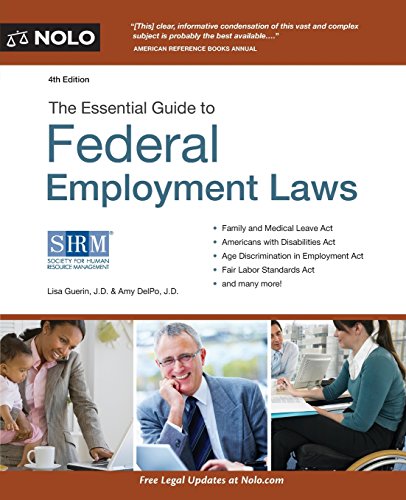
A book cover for Essential Guide to Federal Employment Laws; Lisa Guerin; Law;